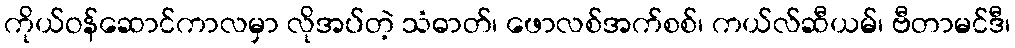
ကိုယ်ဝန်ဆောင်ကာလမှာ လိုအပ်တဲ့ သံဓာတ်၊ ဖောလစ်အက်စစ်၊ ကယ်လ်ဆီယမ်၊ ဗီတာမင်ဒီ၊